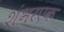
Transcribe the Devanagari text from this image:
शंभरएक